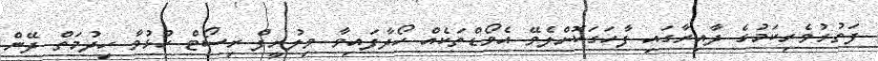
ފަތުރުވެރިކަމުގެ ދާއިރާގައި ފާހަގަކޮށްލެވޭ އެވޯޑްތަކެއް ހޯދާފައިވާ ވިލުރީފް ރިސޯޓް ހުޅުވާ ހިދުމަތް ދޭން